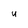
Character: u